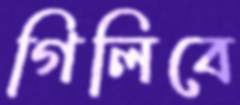
গিলিবে